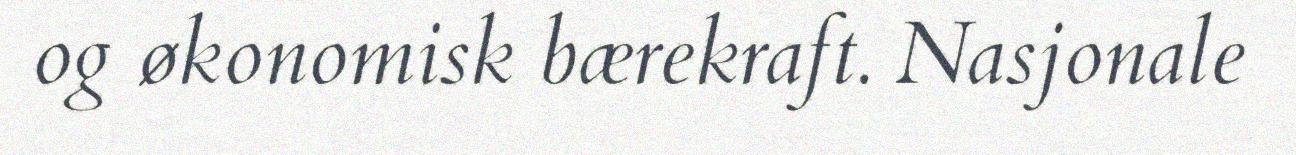
og økonomisk bærekraft. Nasjonale